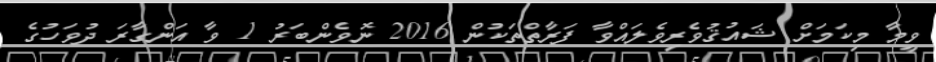
ވީމާ މިކަމަށް ޝައުޤުވެރިވެލައްވާ ފަރާތްތަކުން 2016 ނޮވެންބަރު 1 ވާ އަންގާރަ ދުވަހުގެ